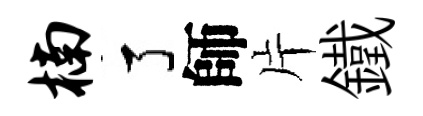
楠了師片鐵